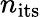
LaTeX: n_{\textrm{its}}